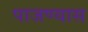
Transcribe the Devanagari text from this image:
पाजण्यास